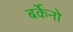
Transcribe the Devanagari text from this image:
बर्केनो